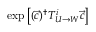
\exp \left[ ( \vec { c } ) ^ { \dagger } T _ { U \rightarrow W } ^ { i } \vec { c } \right]